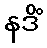
နဒိံ